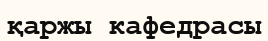
қаржы кафедрасы